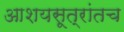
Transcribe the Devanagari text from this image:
आशयसूत्रांतच